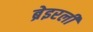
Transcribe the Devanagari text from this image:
ब्रेइरली